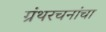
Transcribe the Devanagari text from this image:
ग्रंथरचनांचा